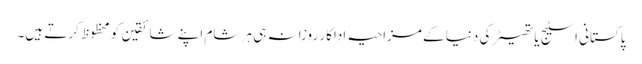
پاکستانی اسٹیج یا تھیٹر کی دنیا کے مزاحیہ اداکار روزانہ ہی ہر شام اپنے شائقین کو محظوظ کرتے ہیں۔